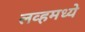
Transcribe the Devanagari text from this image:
लव्हमध्ये